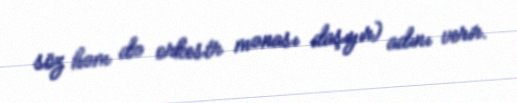
söz həm də orkestr mənası daşıyır) adını verir.